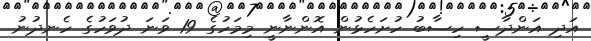
އަދި އަންދާސީ ހިސާބު ހުށަހެޅުން އޮންނާނީ މިމަހުގެ 19 ވަނަ ދުވަހުގެ ހެނދުނު